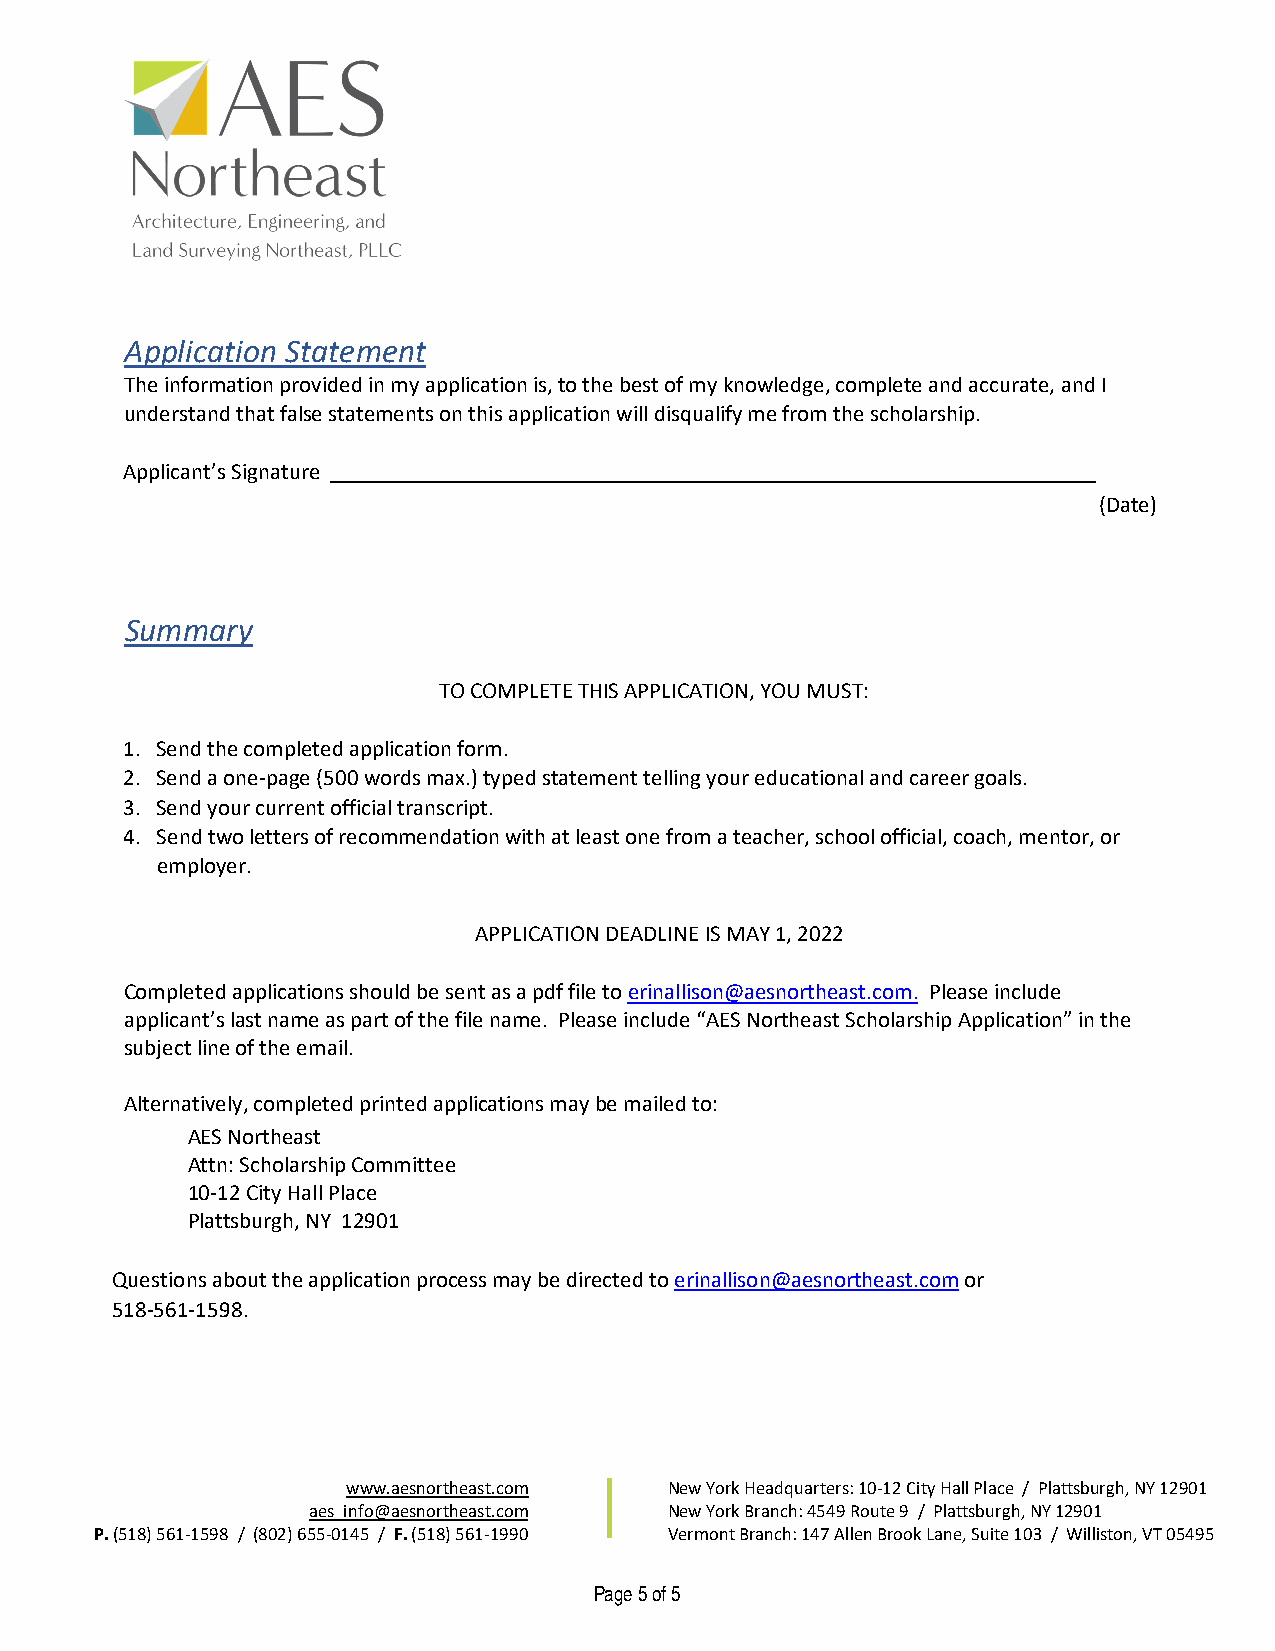
Application Statement
 The information provided in my application is, to the best of my knowledge, complete and accurate, and I
 understand that false statements on this application will disqualify me from the scholarship.
 Applicant’s Signature
 (Date)
 Summary
 TO COMPLETE THIS APPLICATION, YOU MUST:
 1. Send the completed application form.
 2. Send a one-page (500 words max.) typed statement telling your educational and career goals.
 3. Send your current official transcript.
 4. Send two letters of recommendation with at least one from a teacher, school official, coach, mentor, or
 employer.
 APPLICATION DEADLINE IS MAY 1, 2022
 Completed applications should be sent as a pdf file to erinallison@aesnortheast.com. Please include
 applicant’s last name as part of the file name. Please include “AES Northeast Scholarship Application” in the
 subject line of the email.
 Alternatively, completed printed applications may be mailed to:
 AES Northeast
 Attn: Scholarship Committee
 10-12 City Hall Place
 Plattsburgh, NY 12901
 Questions about the application process may be directed to erinallison@aesnortheast.com or
 518-561-1598.
 www.aesnortheast.com New York Headquarters: 10-12 City Hall Place / Plattsburgh, NY 12901
 aes_info@aesnortheast.com New York Branch: 4549 Route 9 / Plattsburgh, NY 12901
 P.(518) 561-1598 / (802) 655-0145 / F. (518) 561-1990 Vermont Branch: 147 Allen Brook Lane, Suite 103 / Williston, VT 05495
 Page 5 of 5